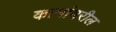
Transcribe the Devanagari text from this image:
कामांवरील